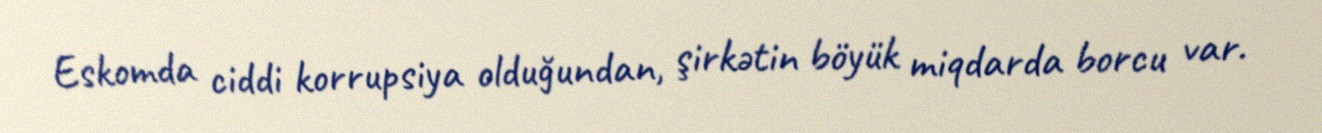
Eskomda ciddi korrupsiya olduğundan, şirkətin böyük miqdarda borcu var.